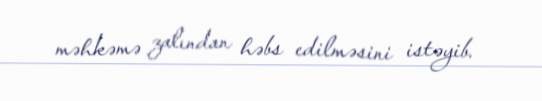
məhkəmə zalından həbs edilməsini istəyib.